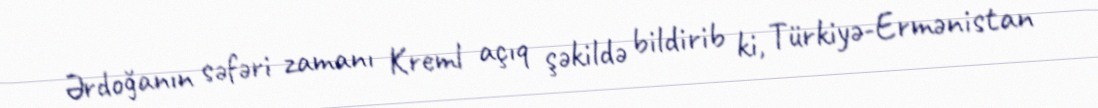
Ərdoğanın səfəri zamanı Kreml açıq şəkildə bildirib ki, Türkiyə-Ermənistan